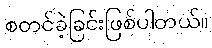
စတင်ခဲ့ခြင်းဖြစ်ပါတယ်။